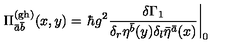
\Pi _ { \bar { a } \bar { b } } ^ { ( \mathrm { g h ) } } ( x , y ) = \left. \hbar g ^ { 2 } \frac { \delta \Gamma _ { 1 } } { \delta _ { r } \eta ^ { \bar { b } } ( y ) \delta _ { l } \bar { \eta } ^ { \bar { a } } ( x ) } \right| _ { 0 }